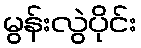
မွန်းလွဲပိုင်း